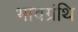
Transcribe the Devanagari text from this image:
भावग्रंथि